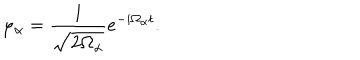
\varphi _ { \alpha } = \frac { 1 } { \sqrt { 2 \Omega _ { \alpha } } } e ^ { - i \Omega _ { \alpha } t } .